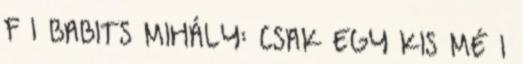
F 1 BABITS MIHÁLY: CSAK EGY KIS MÉ 1